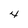
Character: 4